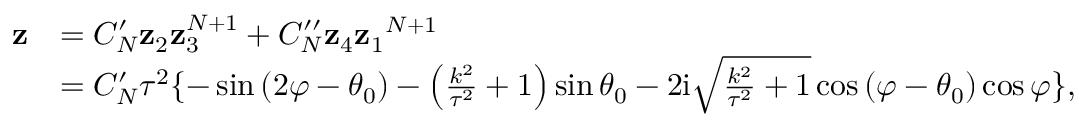
\begin{array} { r l } { \mathbf z } & { = C _ { N } ^ { \prime } \mathbf z _ { 2 } \mathbf z _ { 3 } ^ { N + 1 } + C _ { N } ^ { \prime \prime } \mathbf z _ { 4 } { \mathbf z _ { 1 } } ^ { N + 1 } } \\ & { = C _ { N } ^ { \prime } \tau ^ { 2 } \{ - \sin \left( 2 \varphi - \theta _ { 0 } \right) - \left( \frac { k ^ { 2 } } { \tau ^ { 2 } } + 1 \right) \sin \theta _ { 0 } - 2 \mathrm { i } \sqrt { \frac { k ^ { 2 } } { \tau ^ { 2 } } + 1 } \cos \left( \varphi - \theta _ { 0 } \right) \cos \varphi \} , } \end{array}